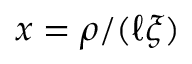
x = \rho / ( \ell \xi )